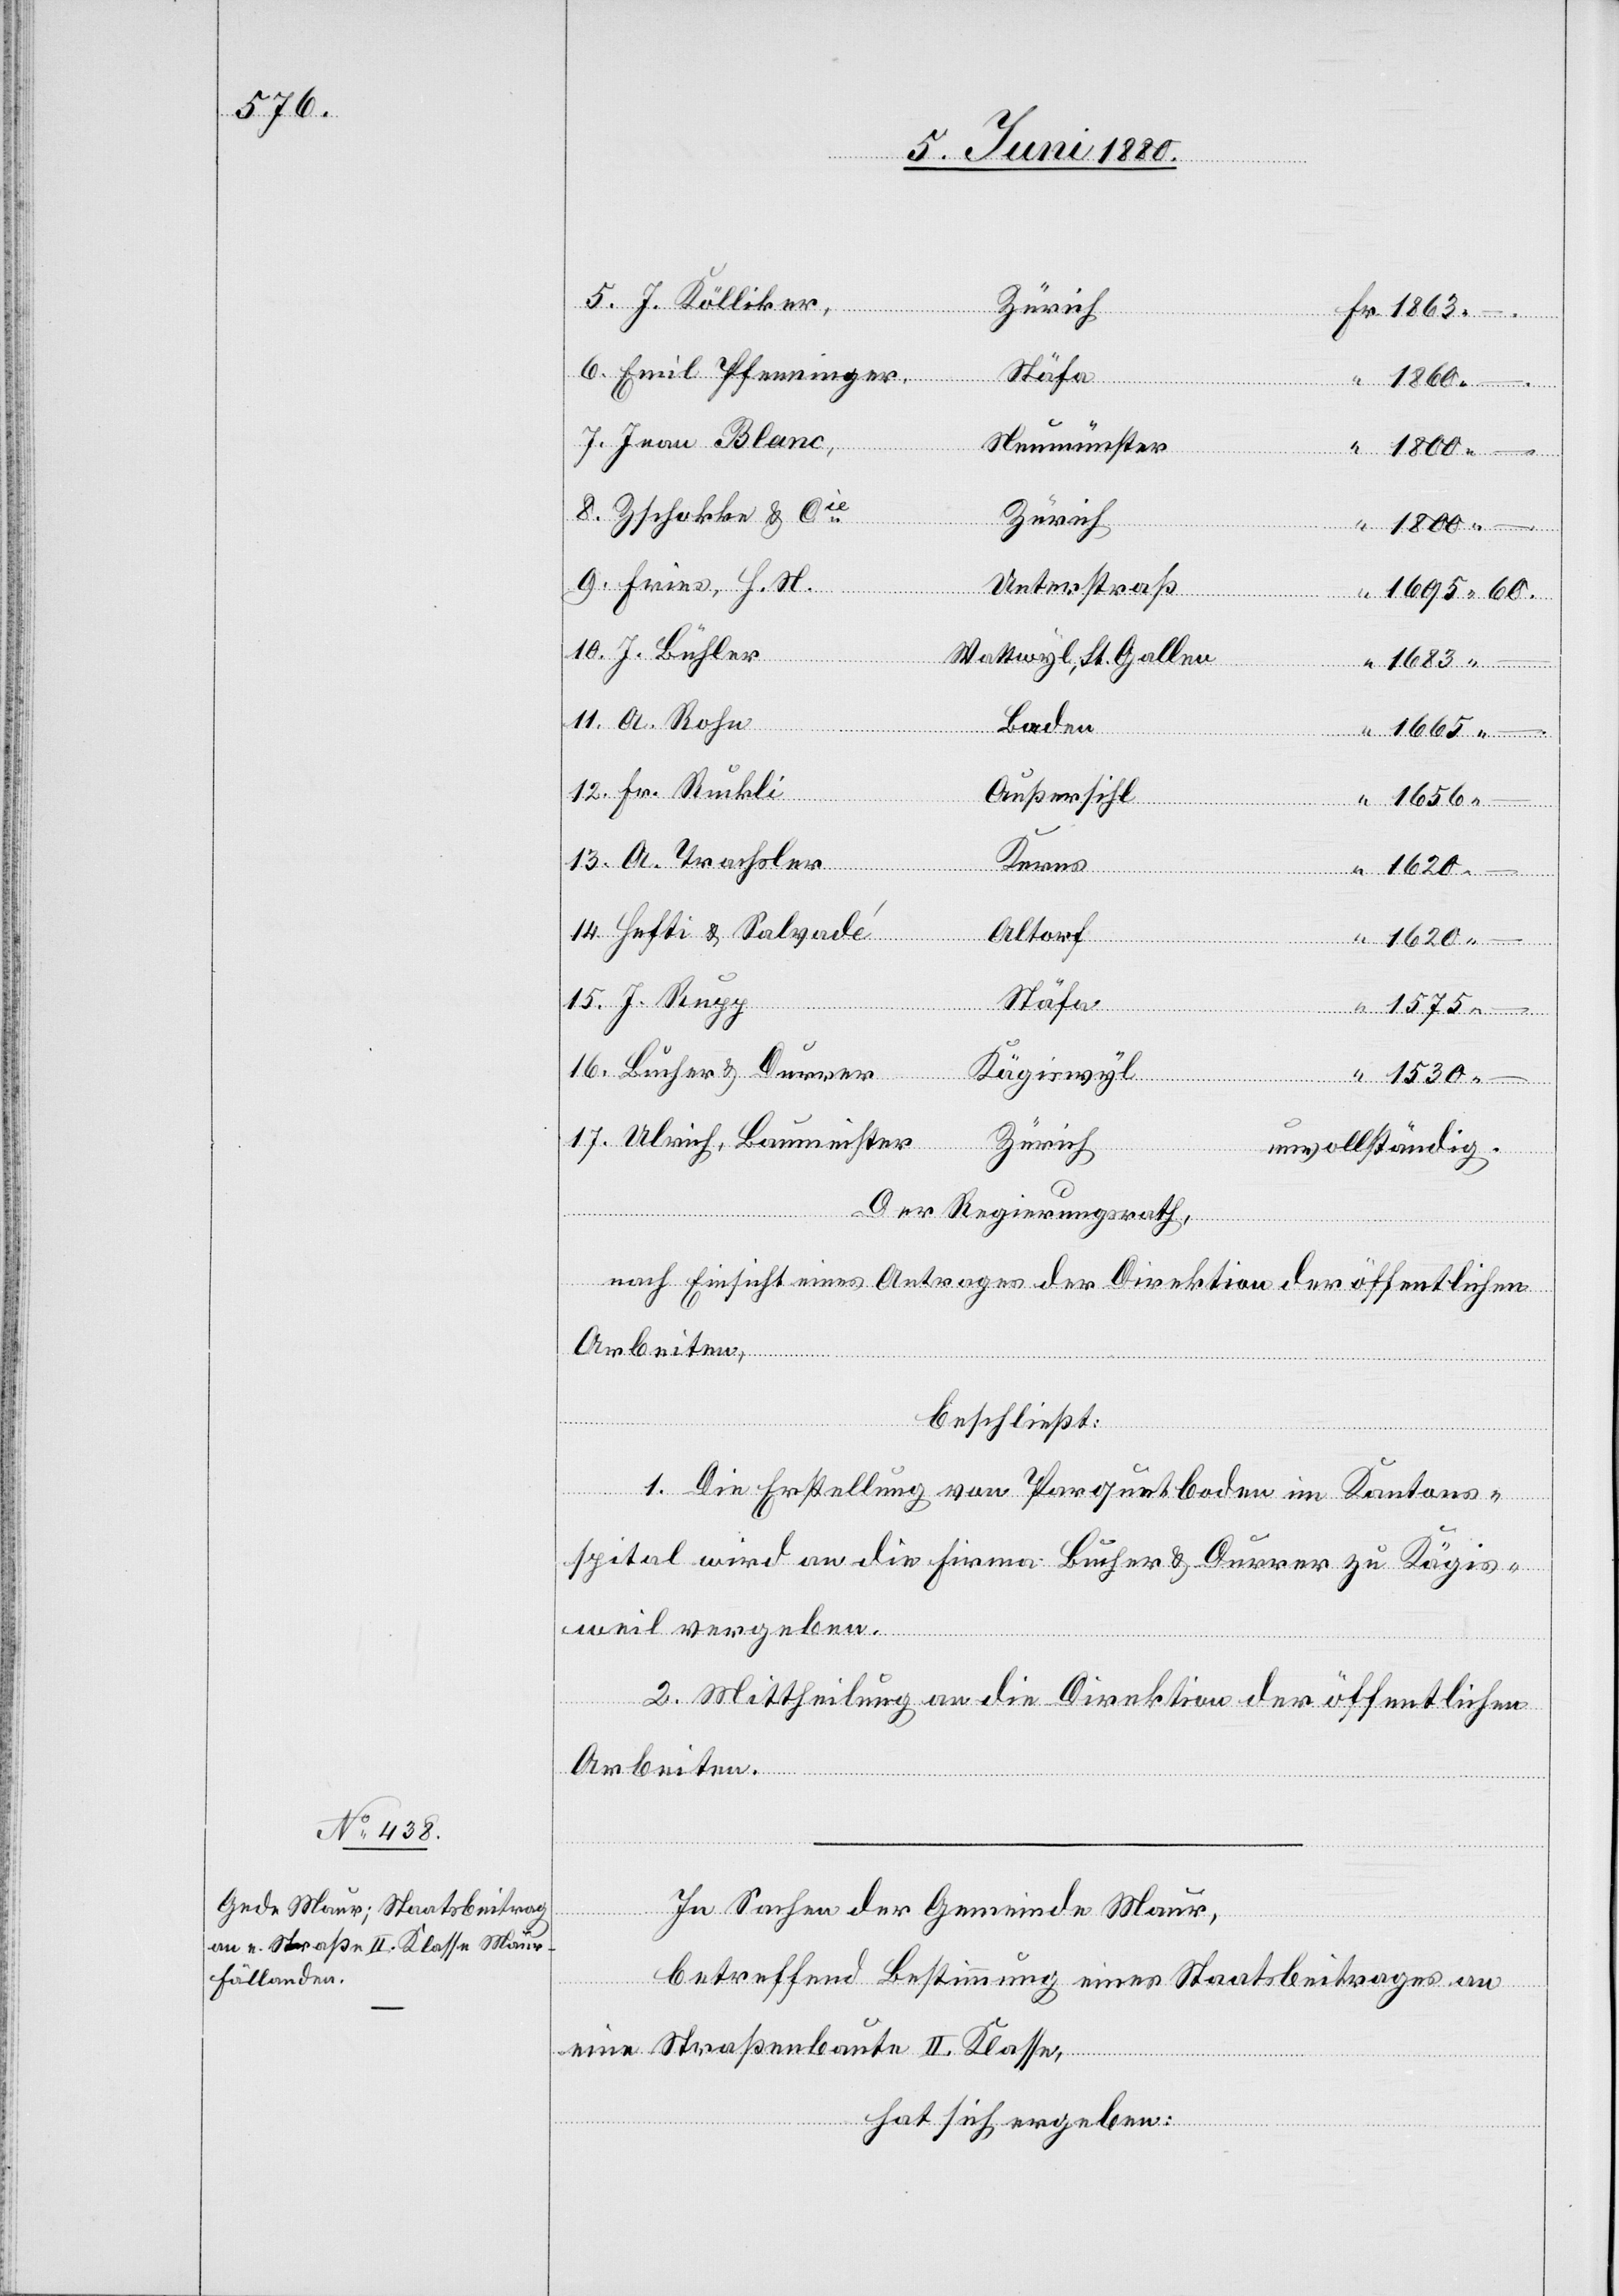
J. Külliker,
–
Neumünster
Zschokke & Cie
Zürich
Unterstraß
17.
Wattwyl, St. Gallen
Baden
Durrer
Außersihl
15.
Kerns
“
1530.
Emil Pfenninger,
Altorf
Stäfa
Kägiswyl
11.
Ulrich, Baumeister
Zürich
unvollständig.
Der Regierungsrath,
nach Einsicht eines Antrages der Direktion der öffentlichen
Arbeiten,
beschließt:
1. Die Erstellung von Parquetboden im Kantons¬
spital wird an die Firma Bucher & Durrer zu Kägis¬
weil vergeben.
2. Mittheilung an die Direktion der öffentlichen
Arbeiten.
In Sachen der Gemeinde Maur,
betreffend Bestimmung eines Staatsbeitrages an
eine Straßenbaute II. Klasse,
hat sich ergeben: